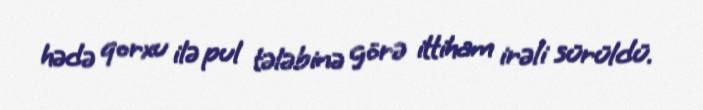
hədə qorxu ilə pul tələbinə görə ittiham irəli sürüldü.